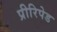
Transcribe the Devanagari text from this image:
प्रीरिपेड